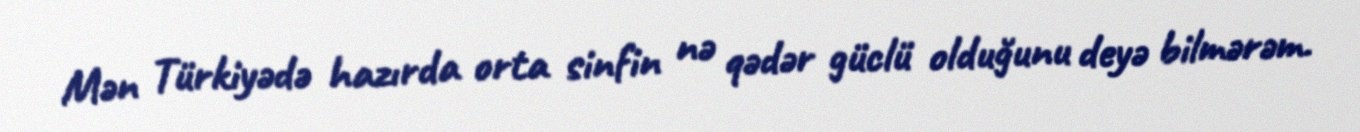
Mən Türkiyədə hazırda orta sinfin nə qədər güclü olduğunu deyə bilmərəm.